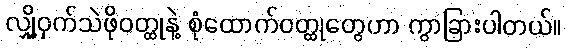
လျှို့ဝှက်သဲဖိုဝတ္ထုနဲ့ စုံထောက်ဝတ္ထုတွေဟာ ကွာခြားပါတယ်။